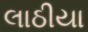
લાઠીયા